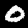
Label: 0